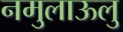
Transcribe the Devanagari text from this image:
नमुलाऊलु